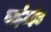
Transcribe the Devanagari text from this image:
वाईटहेड